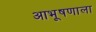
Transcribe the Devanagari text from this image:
आभूषणाला